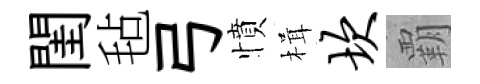
閨毡弓憤楫坎覇